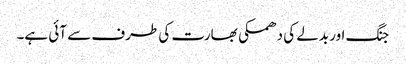
جنگ اور بدلے کی دھمکی بھارت کی طرف سے آئی ہے۔